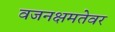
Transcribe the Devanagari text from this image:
वजनक्षमतेवर